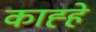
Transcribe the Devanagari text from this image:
काह्हे